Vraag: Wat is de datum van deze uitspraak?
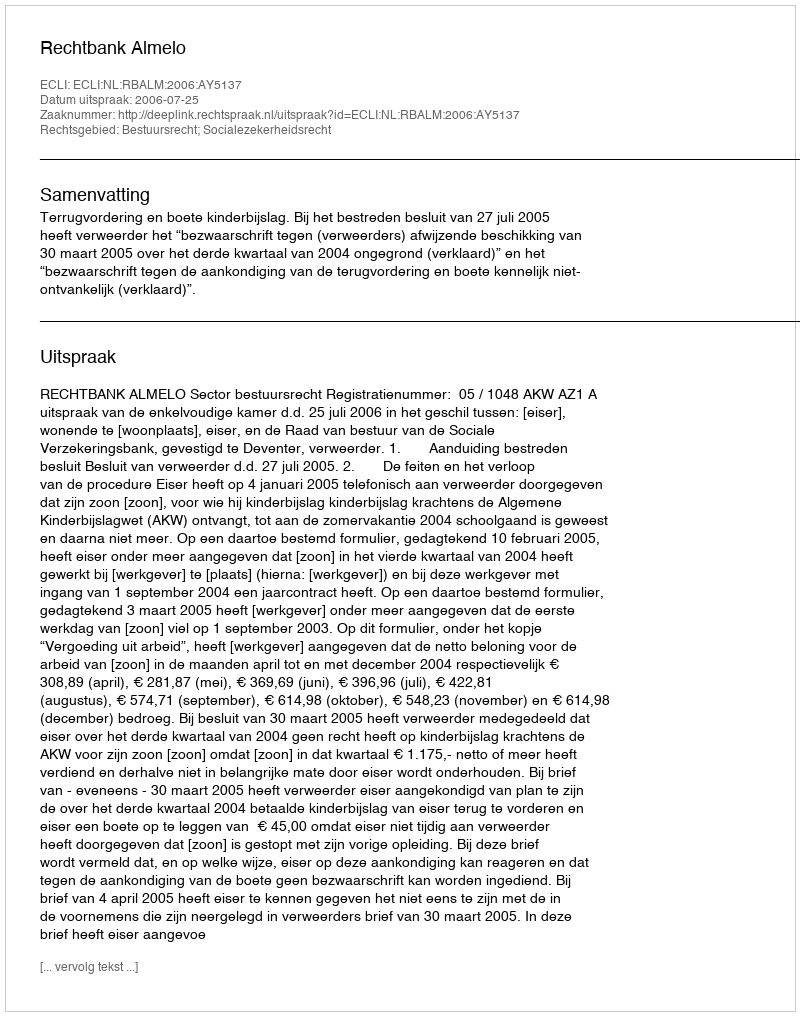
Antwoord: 2006-07-25